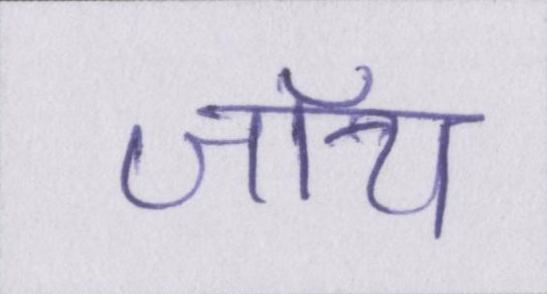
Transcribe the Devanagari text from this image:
जॉय